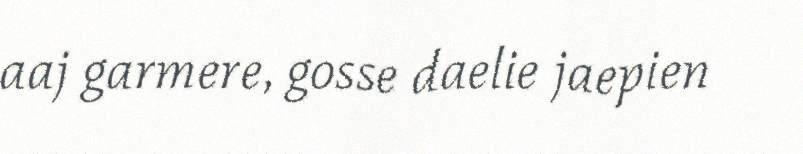
aaj garmere, gosse daelie jaepien